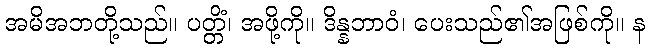
အမိအဘတို့သည်။ ပတ္တိံ၊ အဖို့ကို။ ဒိန္နဘာဝံ၊ ပေးသည်၏အဖြစ်ကို။ န